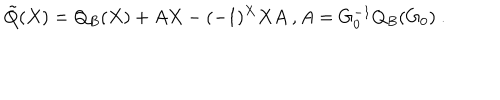
LaTeX: \tilde { Q } ( X ) = Q _ { B } ( X ) + A X - ( - 1 ) ^ { X } X A \ , A = G _ { 0 } ^ { - 1 } Q _ { B } ( G _ { 0 } ) \ .